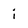
Character: i